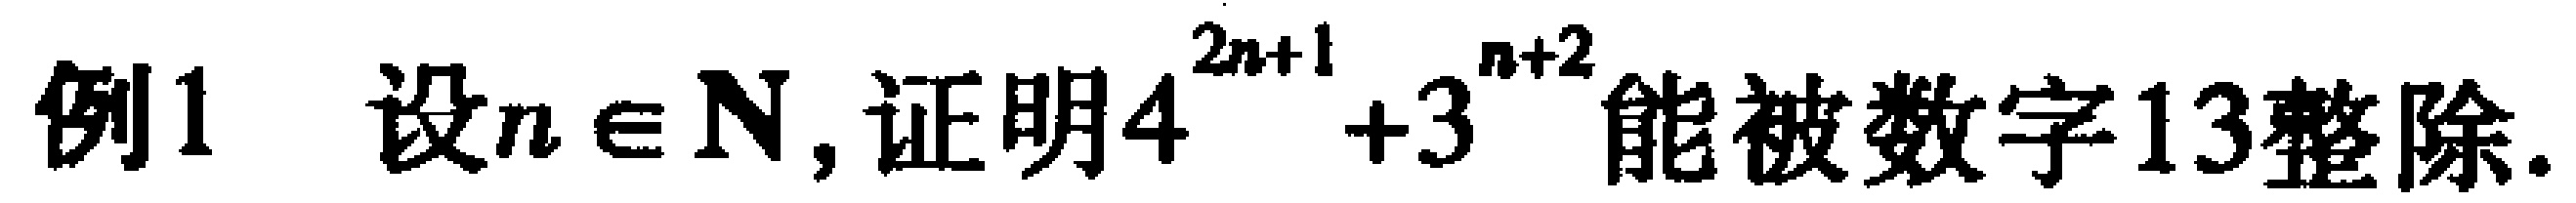
例1 设\(n\in\mathbb{N}\),证明\(4^{2n + 1}+3^{n + 2}\)能被数字13整除.